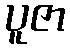
ပူဇာ